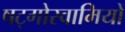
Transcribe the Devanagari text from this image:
षट्गोस्वामियों